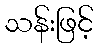
သန်းဖြင့်